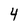
Character: 4